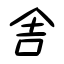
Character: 舎